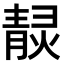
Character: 𤎓